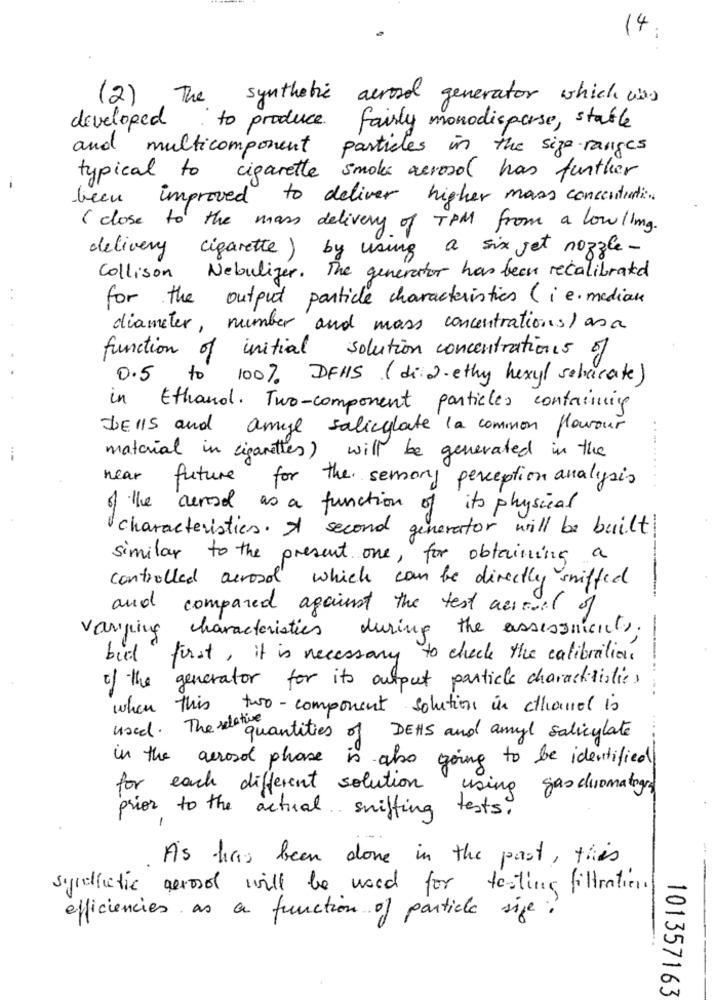
14
(2) The synthetic aerosol generator which was
developed
to produce fairly monodisperse, stable
and multicomponent
particles in the size-ranges
typical to cigarette smoke aerosol has further
been improved to deliver higher mass concentration.
( close to the mass delivery of TPM from a low /img.
delivery cigarette) by using a six jet nozzle-
Collison Nebulizer. The generator has been recalibrated
for the output particle characteristics ( ie. median
diameter, number and mass concentrations/ as a
function of initial
solution concentrations of
0.5 to 100% DEHS (di). ethy hexyl sabacate)
in Ethanol. Two-component particles containing
JElls and amie salicylate la common flavour
material in cigarettes)
will be generated in the
near
future for the semony perception analysis
............
of the carod as a function of its physical
characteristics. A second generator will be built
similar to the present one, for obtaining a
controlled acrood which can be directly sniffed
and compared against the test actual of
varning characteristics during the assessments.
bidt first, it is necessary to check the calibration
---.
of the generator for its output particle characteristics
when this two- component solution in chanel is
used. The relative
quantities of DEHS and amyl salicylate
in the aerosol phone is also going to be identified
for each different solution using
gas chromatogra
prior to the actual sniffing tests.
-
As has been done in the past , this
synthetic aerosol will be used for testing filtration.
efficiencies as a function of particle sige?
101357163